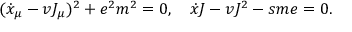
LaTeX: ( \dot { x } _ { \mu } - v J _ { \mu } ) ^ { 2 } + e ^ { 2 } m ^ { 2 } = 0 , \quad \dot { x } J - v J ^ { 2 } - s m e = 0 .